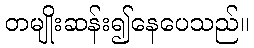
တမျိုးဆန်း၍နေပေသည်။